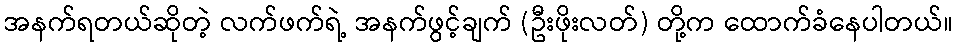
အနက်ရတယ်ဆိုတဲ့ လက်ဖက်ရဲ့ အနက်ဖွင့်ချက် (ဦးဖိုးလတ်) တို့က ထောက်ခံနေပါတယ်။